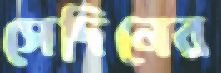
সেদিনের